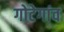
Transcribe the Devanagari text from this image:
गोटेगांव